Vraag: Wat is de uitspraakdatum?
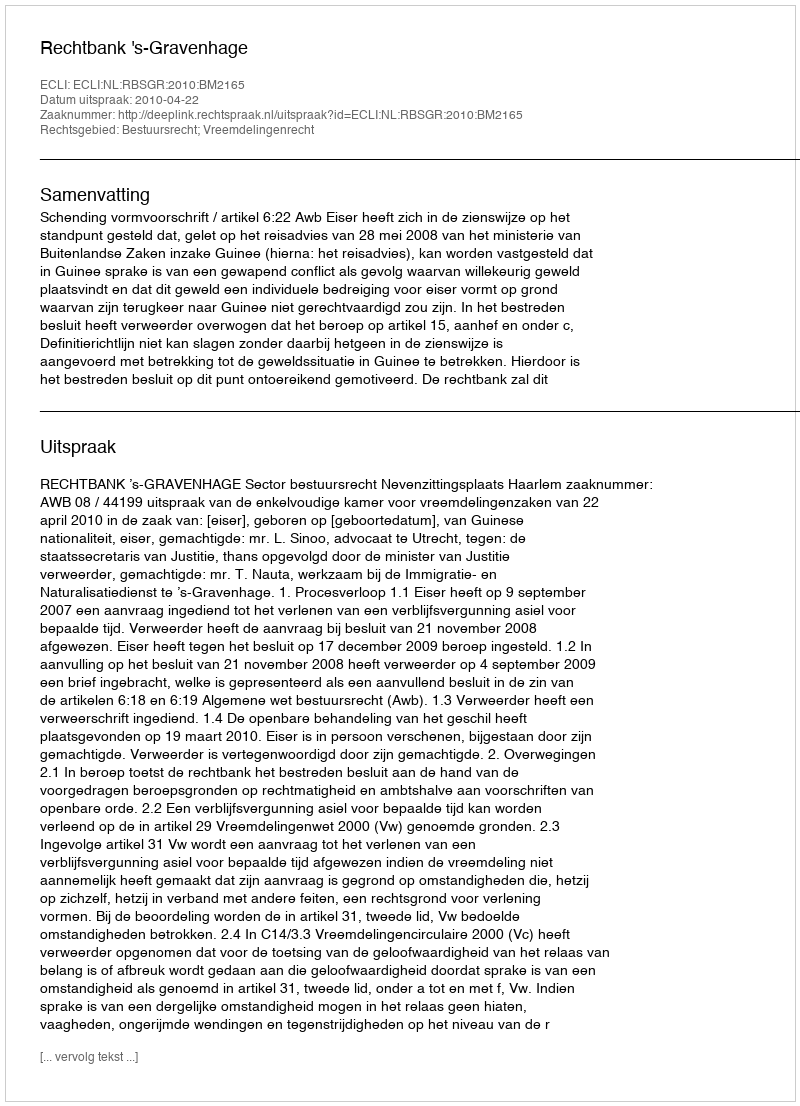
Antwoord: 2010-04-22